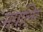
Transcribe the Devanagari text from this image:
मगलिर